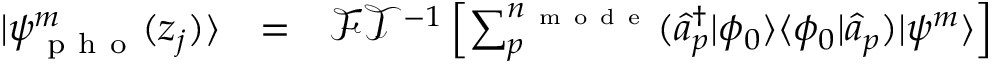
\begin{array} { c c l } { | \psi _ { \mathrm { ~ p ~ h ~ o ~ } } ^ { m } ( z _ { j } ) \rangle } & { = } & { \mathcal { F T } ^ { - 1 } \left[ \sum _ { p } ^ { n _ { \mathrm { ~ m ~ o ~ d ~ e ~ } } } ( \hat { a } _ { p } ^ { \dagger } | \phi _ { 0 } \rangle \langle \phi _ { 0 } | \hat { a } _ { p } ) | \psi ^ { m } \rangle \right] } \end{array}